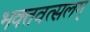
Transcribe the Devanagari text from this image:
भक्तवत्सलम्